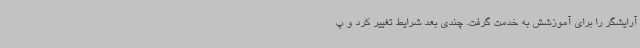
آرایشگر را برای آموزشش به خدمت گرفت. چندی بعد شرایط تغییر کرد و پ